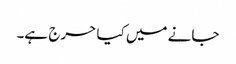
جانے میں کیا حرج ہے۔